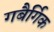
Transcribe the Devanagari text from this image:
गबैर्गिक